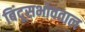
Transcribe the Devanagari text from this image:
बिंदूसभोवताल